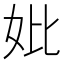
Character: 妣